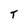
Character: T